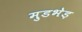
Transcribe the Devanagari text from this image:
मुडभेड़